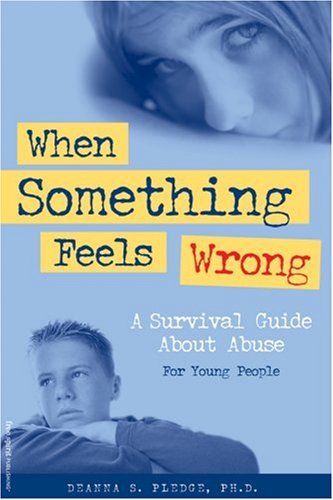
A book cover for When Something Feels Wrong: A Survival Guide about Abuse for Young People; Deanna S. Pledge; Teen & Young Adult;